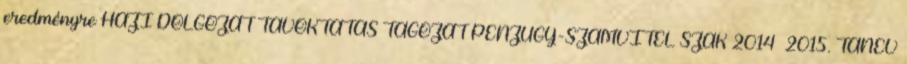
eredményre HÁZI DOLGOZAT TÁVOKTATÁS TAGOZAT PÉNZÜGY-SZÁMVITEL SZAK 2014 2015. TANÉV